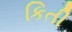
કિતી